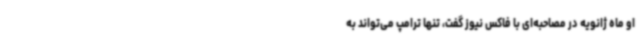
او ماه ژانویه در مصاحبه‌ای با فاکس نیوز گفت، تنها ترامپ می‌تواند به